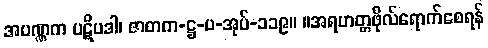
အပဏ္ဏက ပဋိပဒါ၊ ဇာတက-ဋ္ဌ-ပ-အုပ်-၁၁၉။ ။အရဟတ္တဖိုလ်ရောက်စေရန်